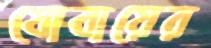
যোবায়ের